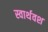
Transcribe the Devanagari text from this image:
स्वार्थवश